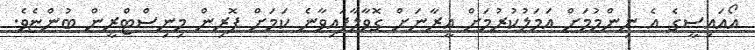
އޯއައިސީގެ އެ ނިންމުމަށް އަމަލުކުރުމަށް އީރާނަށް ގޮވާލާފައިވާނެ ކަމަށް ފޮރިން މިނިސްޓްރީން ބުންޏެވެ.